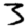
Digit: 3